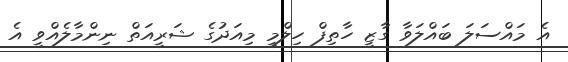
އެ މައްސަލަ ބައްލަވާ ގާޒީ ހާތިފް ހިލްމީ މިއަދުގެ ޝަރީއަތް ނިންމާލެއްވީ އެ